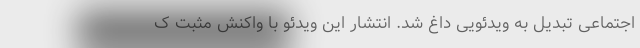
اجتماعی تبدیل به ویدئویی داغ شد. انتشار این ویدئو با واکنش مثبت ک